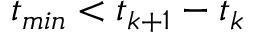
t _ { m i n } < t _ { k + 1 } - t _ { k }